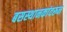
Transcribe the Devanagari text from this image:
बसस्थानकांवरून